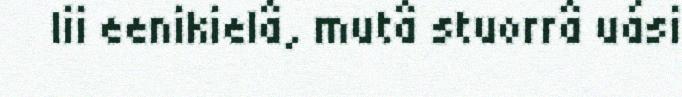
lii eenikielâ, mutâ stuorrâ uási